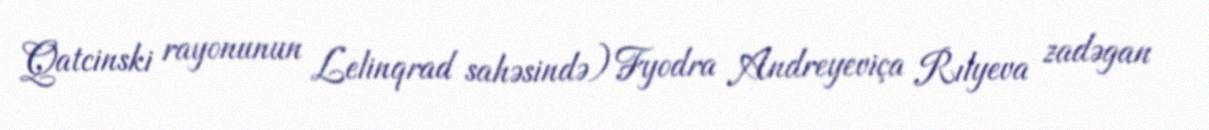
Qatcinski rayonunun Lelinqrad sahəsində) Fyodra Andreyeviça Rılyeva zadəgan